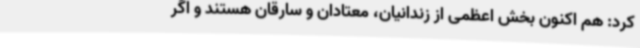
کرد: هم اکنون بخش اعظمی از زندانیان، معتادان و سارقان هستند و اگر